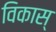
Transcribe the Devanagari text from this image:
विकास्